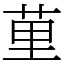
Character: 荲